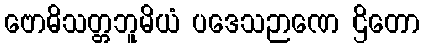
ဗောဓိသတ္တဘူမိယံ ပဒေသဉာဏေ ဌိတော